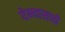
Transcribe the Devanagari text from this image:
येन्यासाठी